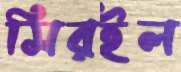
সিরইল